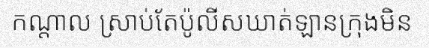
កណ្តាល ស្រាប់តែប៉ូលីសឃាត់ឡានក្រុងមិន